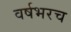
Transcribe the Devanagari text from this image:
वर्षभरच